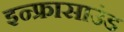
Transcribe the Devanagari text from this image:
इन्फ्रासाउंड